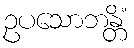
ဥပသောဘန္တိံ